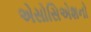
એસોસિએશનો